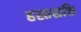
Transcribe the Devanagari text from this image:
हस्तशक्ति